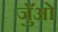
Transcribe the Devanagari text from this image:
जुँओं